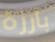
بارزة